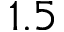
1 . 5